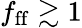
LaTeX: f_{\mathrm{ff}}\gtrsim 1